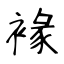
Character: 褖